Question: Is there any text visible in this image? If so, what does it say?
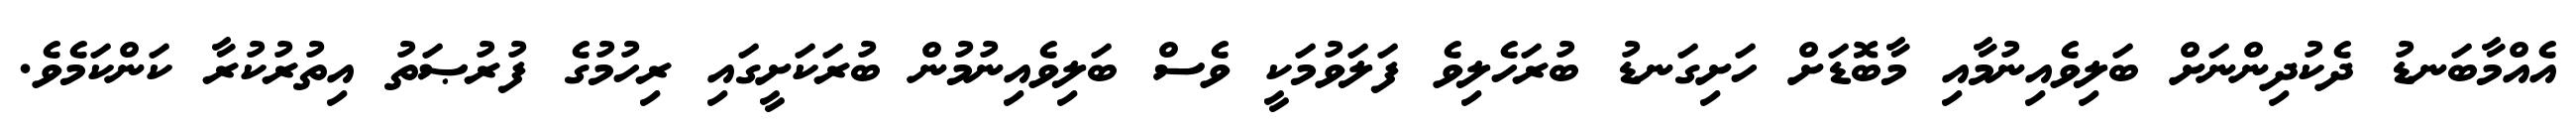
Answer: އެއްމާބަނޑު ދެކުދިންނަށް ބަލިވެއިނުމާއި މާބޮޑަށް ހަށިގަނޑު ބުރަހެލިވެ ފަލަވުމަކީ ވެސް ބަލިވެއިނުމުން ބުރަކަށީގައި ރިހުމުގެ ފުރުޞަތު އިތުރުކުރާ ކަންކަމެވެ.